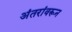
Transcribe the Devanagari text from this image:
अंतरांवरून